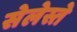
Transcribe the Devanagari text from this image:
सेलेस्ते